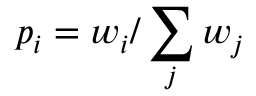
p _ { i } = w _ { i } / \sum _ { j } w _ { j }